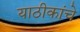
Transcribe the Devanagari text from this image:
याठीकांचे